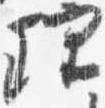
理